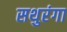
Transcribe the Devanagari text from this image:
सथुरंगा